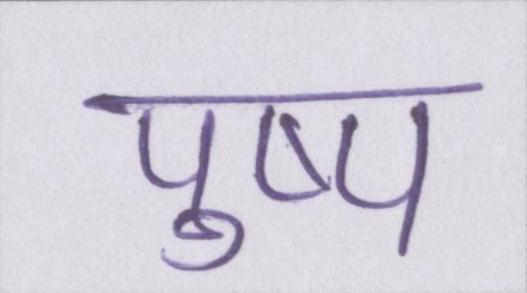
पुष्प